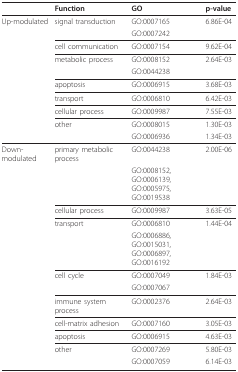
|  | Function | GO | p-value |
 | --- | --- | --- | --- |
 | Up-modulated | signal transduction | GO:0007165 | 6.86E-04 |
 |  |  | GO:0007242 |  |
 |  | cell communication | GO:0007154 | 9.62E-04 |
 |  | metabolic process | GO:0008152 | 2.64E-03 |
 |  |  | GO:0044238 |  |
 |  | apoptosis | GO:0006915 | 3.68E-03 |
 |  | transport | GO:0006810 | 6.42E-03 |
 |  | cellular process | GO:0009987 | 7.55E-03 |
 |  | other | GO:0008015 | 1.30E-03 |
 |  |  | GO:0006936 | 1.34E-03 |
 | Down-modulated | primary metabolic process | GO:0044238 | 2.00E-06 |
 |  |  | GO:0008152, GO:0006139,GO:0005975, GO:0019538 |  |
 |  | cellular process | GO:0009987 | 3.63E-05 |
 |  | transport | GO:0006810 | 1.44E-04 |
 |  |  | GO:0006886, GO:0015031,GO:0006897, GO:0016192 |  |
 |  | cell cycle | GO:0007049 | 1.84E-03 |
 |  |  | GO:0007067 |  |
 |  | immune system process | GO:0002376 | 2.64E-03 |
 |  | cell-matrix adhesion | GO:0007160 | 3.05E-03 |
 |  | apoptosis | GO:0006915 | 4.63E-03 |
 |  | other | GO:0007269 | 5.80E-03 |
 |  |  | GO:0007059 | 6.14E-03 |